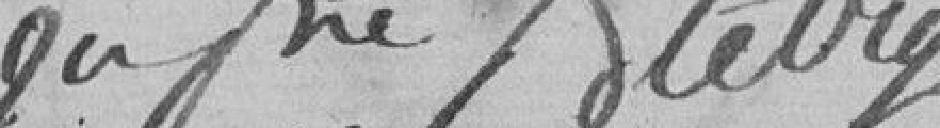
soussigné Bletry